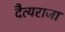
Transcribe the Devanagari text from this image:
दैत्यराजा